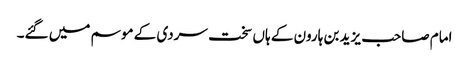
امام صاحب یزید بن ہارون کے ہاں سخت سردی کے موسم میں گئے۔